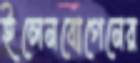
ইলেনবোগেনের